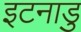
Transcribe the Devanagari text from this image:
इटनाडु